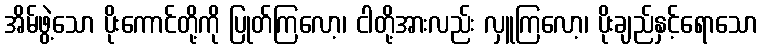
အိမ်ဖွဲ့သော ပိုးကောင်တို့ကို ပြုတ်ကြလော့၊ ငါတို့အားလည်း လှူကြလော့၊ ပိုးချည်နှင့်ရောသော